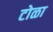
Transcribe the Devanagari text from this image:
टोळा